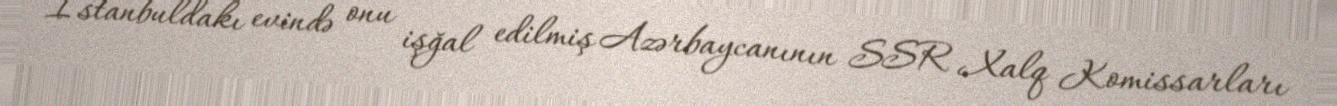
İstanbuldakı evində onu işğal edilmiş Azərbaycanının SSR Xalq Komissarları